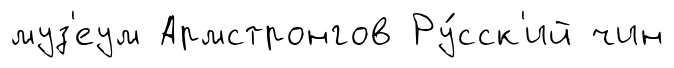
муз'еум Армстронгов Ру́сск'ий чин